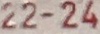
22-24